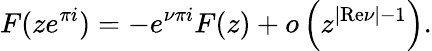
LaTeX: F(ze^{\pi i})=-e^{\nu\pi i}F(z)+o\left(z^{|{\mathrm{Re}}\nu|-1}\right).